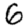
Digit: 6